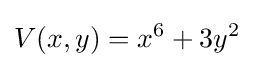
V(x,y)=x^{6}+3y^{2}